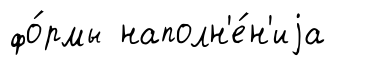
фо́рмы наполн'е́н'иjа